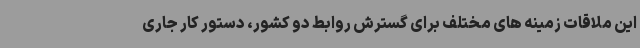
این ملاقات زمینه های مختلف برای گسترش روابط دو کشور، دستور کار جاری